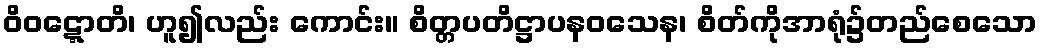
ဝိဝဋ္ဋောတိ၊ ဟူ၍လည်း ကောင်း။ စိတ္တပတိဋ္ဌာပနဝသေန၊ စိတ်ကိုအာရုံ၌တည်စေသော